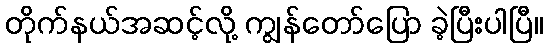
တိုက်နယ်အဆင့်လို့ ကျွန်တော်ပြော ခဲ့ပြီးပါပြီ။